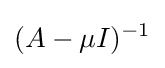
(A-\mu I)^{-1}